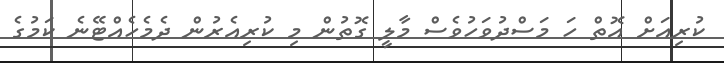
ކުރިއަށް އޮތް ހަ މަސްދުވަހުވެސް މާލީ ގޮތުން މި ކުރިއެރުން ދެމެހެއްޓޭނެ ކަމުގެ